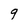
Character: 9